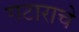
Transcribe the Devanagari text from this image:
गटाराचे